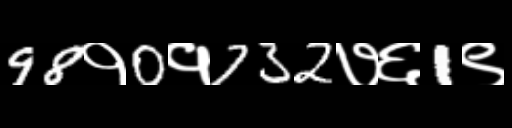
Text: 98१0१732७६1९